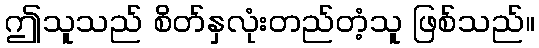
ဤသူသည် စိတ်နှလုံးတည်တံ့သူ ဖြစ်သည်။